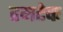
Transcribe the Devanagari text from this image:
रमटेक